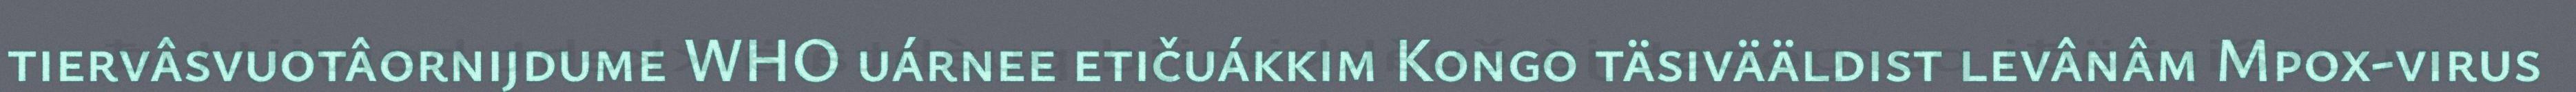
tiervâsvuotâornijdume WHO uárnee etičuákkim Kongo täsivääldist levânâm Mpox-virus